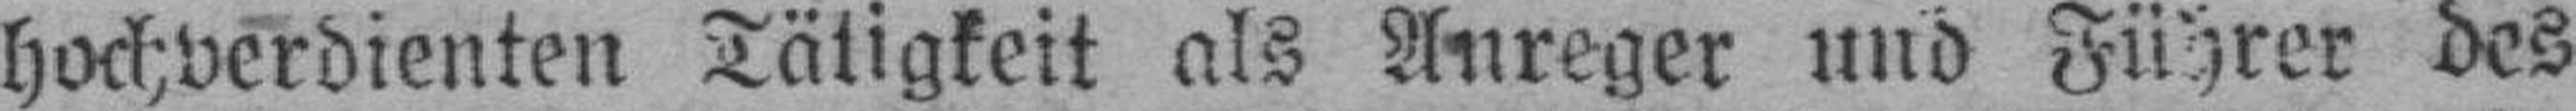
hochverdienten Tätigkeit als Aureger und Führer des